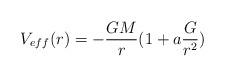
LaTeX: \begin{align*}V_{eff}(r)=-{G M\over r}(1 + a {G\over r^2})\end{align*}